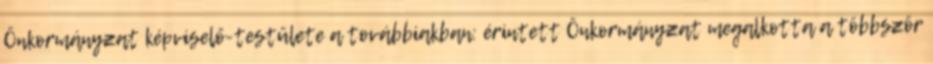
Önkormányzat képviselő-testülete a továbbiakban: érintett Önkormányzat megalkotta a többször